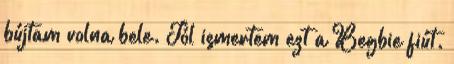
bújtam volna bele. Jól ismertem ezt a Begbie fiút.